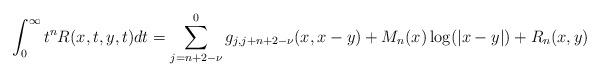
\begin{align*} \int_0^\infty t^nR(x,t,y,t)dt=\sum_{j=n+2-\nu }^0g_{j,j+n+2-\nu}(x,x-y)+M_n(x)\log (\vert x-y\vert)+R_n(x,y)\end{align*}